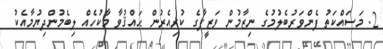
2. މަސައްކަތު ފެންވަރުބެލުމުގެ ނިޒާމުން ވަޒީފާގެ ކުރިއެރުން ޙައްޤުވާ މާކުހެއް ލިބެމުންދިޔުމާއެކު